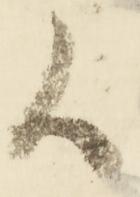
候